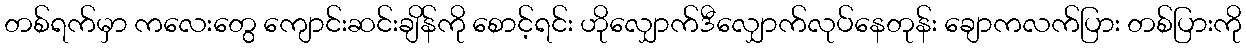
တစ်ရက်မှာ ကလေးတွေ ကျောင်းဆင်းချိန်ကို စောင့်ရင်း ဟိုလျှောက်ဒီလျှောက်လုပ်နေတုန်း ချောကလက်ပြား တစ်ပြားကို